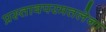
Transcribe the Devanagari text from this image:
प्रस्तावपरमतलेना